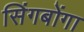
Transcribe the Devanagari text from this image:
सिंगबोंगा